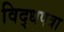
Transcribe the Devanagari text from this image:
विद्धपत्रा